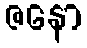
ဇနော